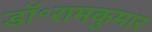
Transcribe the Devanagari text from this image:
डॉ॰रामकुमार